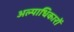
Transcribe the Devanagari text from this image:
अल्पाधिकारों